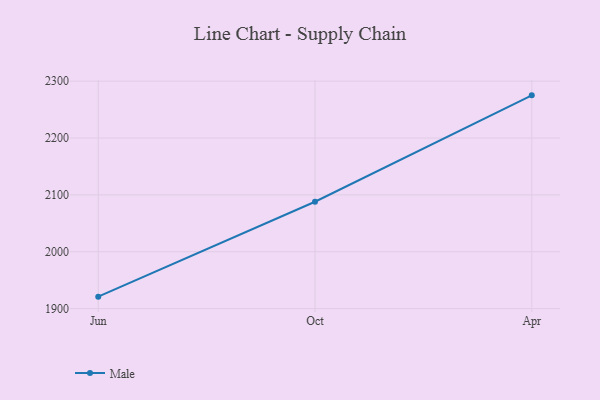
{"axis": {"x": "Month", "y": "Market Share (%)"}, "legend": ["Male"], "data": [{"x": "Jun", "y": 1921.0, "type": "Male"}, {"x": "Oct", "y": 2087.9, "type": "Male"}, {"x": "Apr", "y": 2275.1, "type": "Male"}]}